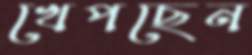
খেপছেন